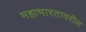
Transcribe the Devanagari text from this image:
महाभारतावरील